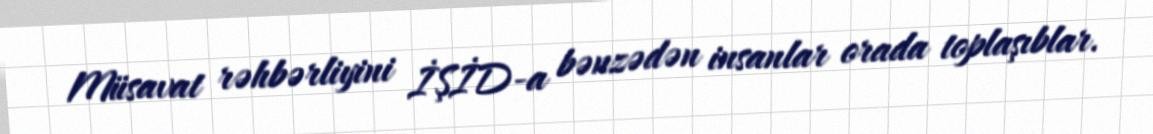
Müsavat rəhbərliyini İŞİD-a bənzədən insanlar orada toplaşıblar.